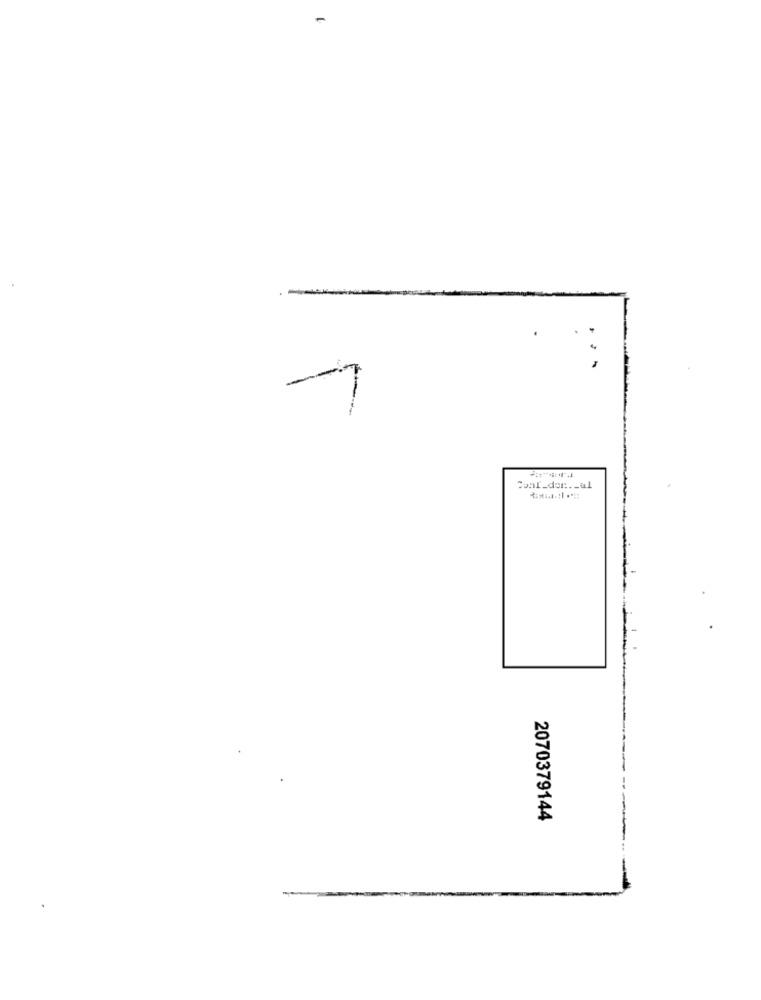
-
-
2070379144